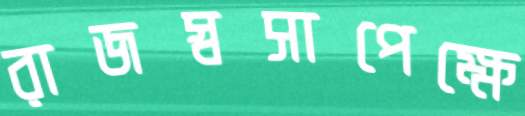
রাজস্বসাপেক্ষে